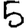
Digit: 5